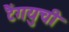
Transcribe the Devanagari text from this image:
टैंगयुची